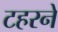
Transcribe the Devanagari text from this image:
टहरने